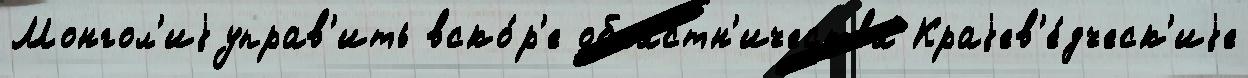
Монгол'иjуправ'ить вско́р'е областн'ичества Краjев'е́дческ'иjе